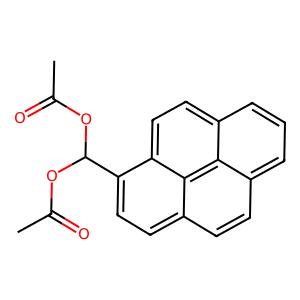
SMILES: CC(=O)OC(OC(C)=O)c1ccc2ccc3cccc4ccc1c2c34
Inhibits HIV replication: No